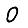
Digit: 0